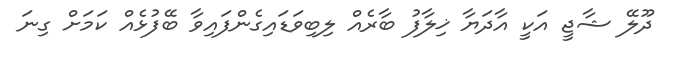
ދޫލޭ ޝާޖީ އަކީ އާދަޔާ ޚިލާފު ބާރެއް ލިބިވަޑައިގެންފައިވާ ބޭފުޅެއް ކަމަށް ގިނަ